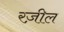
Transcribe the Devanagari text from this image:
रज़ील